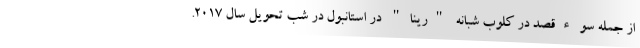
از جمله سوءقصد در کلوب شبانه "رینا" در استانبول در شب تحویل سال ۲۰۱۷.